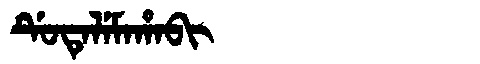
Manchu: ᡩᡠᡨᡝᠯᡝᠮᠠᡥᠠᠪᡳ
Romanization: DUTELEMAHABI